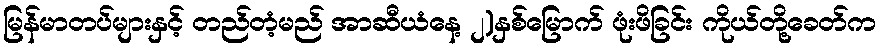
မြန်မာတပ်များနှင့် တည်တံ့မည် အာဆီယံနေ့ ၂)နှစ်မြောက် ဖုံးဖိခြင်း ကိုယ်တို့ခေတ်က